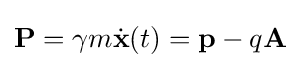
\mathbf {P} =\gamma m{\dot {\mathbf {x} }}(t)=\mathbf {p} -q\mathbf {A}